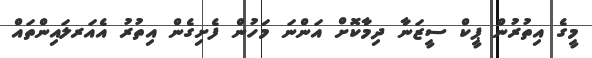
މީގެ އިތުރުން ޕީކް ސީޒަނާ ދިމާކޮށް އަންނަ މަހުން ފެށިގެން އިތުރު އެއަރލައިންތައް